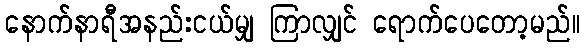
နောက်နာရီအနည်းငယ်မျှ ကြာလျှင် ရောက်ပေတော့မည်။